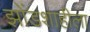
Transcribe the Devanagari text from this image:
झोंडशाहीला